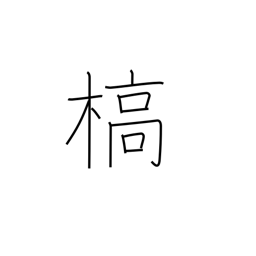
Meaning: die (vegetation)